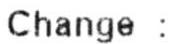
CHANGE: